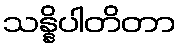
သန္နိပါတိတာ